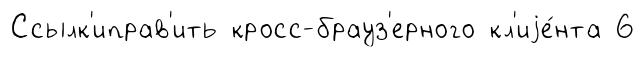
Ссылк'иправ'ить кросс-брауз'ерного кл'иjе́нта 6